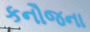
કનૌજના